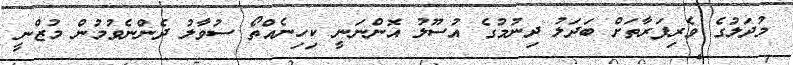
މުދަލުގެ ވެރިފަރާތަށް ބަދަލު ދިނުމުގެ އުސޫލު އޮންނަނީ ކިހިނެއްތޯ ސުވާލު ދެންނެވުމުން މުޒްނީ